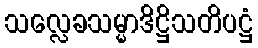
သလ္လေခသမ္မာဒိဋ္ဌိသတိပဋ္ဌံ